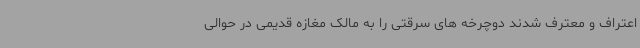
اعتراف و معترف شدند دوچرخه های سرقتی را به مالک مغازه قدیمی در حوالی